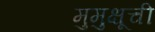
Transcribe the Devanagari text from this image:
मुमुक्षूची